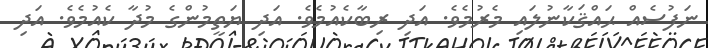
ނަފުސެއް ޙައްޤަކާނުލައި މެރުމެވެ. އަދި ރިބާކެއުމެވެ. އަދި ޔަތީމުންގެ މުދާ ކެއުމެވެ. އަދި